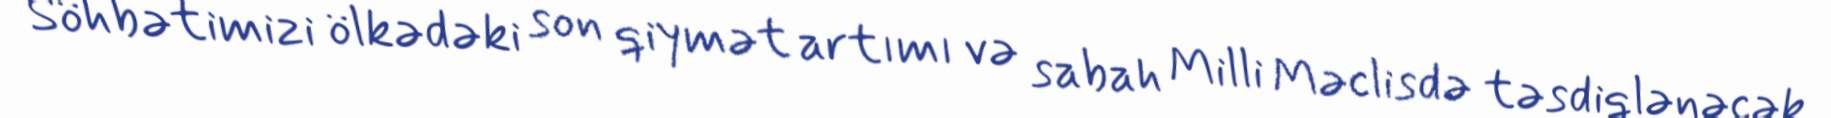
Söhbətimizi ölkədəki son qiymət artımı və sabah Milli Məclisdə təsdiqlənəcək